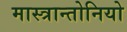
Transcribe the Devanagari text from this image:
मास्त्रान्तोनियो